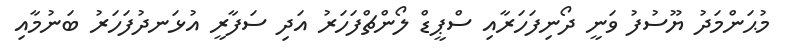
މުޙަންމަދު ޔޫސުފު ވަނީ ދޯނިފަހަރާއި ސްޕީޑް ލޯންޗްފަހަރު އަދި ސަފާރީ އުޅަނދުފަހަރު ބަނުމާއި